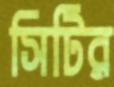
সিটির